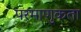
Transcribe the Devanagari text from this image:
परमाणुकता